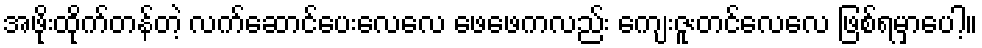
အဖိုးထိုက်တန်တဲ့ လက်ဆောင်ပေးလေလေ ဖေဖေကလည်း ကျေးဇူးတင်လေလေ ဖြစ်ရမှာပေါ့။